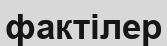
фактілер